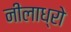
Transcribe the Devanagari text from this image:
नीलाध्रो